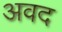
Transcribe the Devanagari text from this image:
अवद